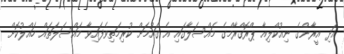
އަދި އީރާންގެ ނިއުކްލިއާ ޕްރޮގްރާމްގެ މައްސަލާގައި އެ ގައުމަށް ކުރިމަތިވެފައިވާ މައްސަލަތައް ހައްލުކޮށް